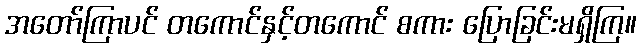
အတော်ကြာပင် တကောင်နှင့်တကောင် စကား ပြောခြင်းမရှိကြ။